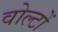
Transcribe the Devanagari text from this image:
वोल्टों